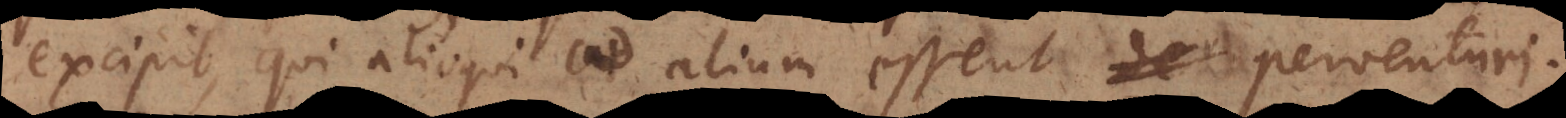
excipit, qui alioqui ad alium essent perventuri.